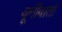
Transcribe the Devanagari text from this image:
यूनीवार्ता